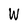
Character: W